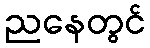
ညနေတွင်